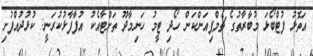
އަތޮޅު ފުޓްބޯޅަ މުބާރާތުގެ ޗެމްޕިއަންކަން ހޯދި ޓީމު ހަނިމާދޫ ތަށްޓާއެކު އުފާފާޅުކުރަނީ: ކުޅުދުއްފުށި